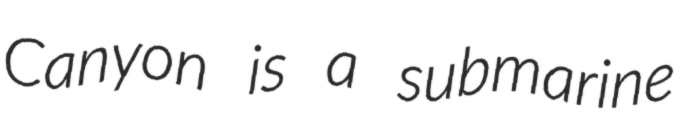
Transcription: Canyon is a submarine